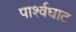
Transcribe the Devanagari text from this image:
पार्श्वघाट